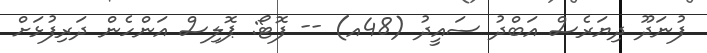
ފުނަދޫ ދިޔަރެސް އަބްދު ސައީދު (48އ) -- ފޮޓޯ: ޕޮލިސް އަންހެން ދަރިފުޅަށް